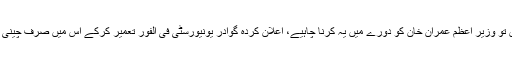
اگر اب تک گوادر یونیورسٹی پر کام نہیں ہوا ہوں تو وزیر اعظم عمران خان کو دورے میں یہ کرنا چاہیے، اعلان کردہ گوادر یونیورسٹی فی الفور تعمیر کرکے اس میں صرف چینی اساتذہ رکھے جائیں، مکمل انتظام چین کے پاس۔